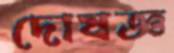
দোষজ্ঞ